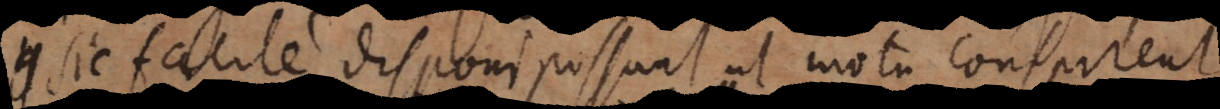
sic facile disponi possunt ut motu conspirent